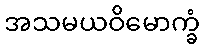
အသမယဝိမောက္ခံ